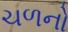
ચળનો